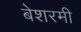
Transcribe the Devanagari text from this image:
बेशरमी